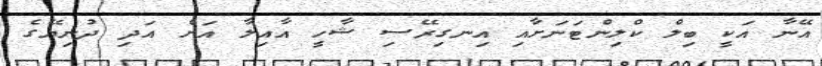
އޭނާ އަކީ ބިލް ކްލިންޓަނަށާއި އިނގިރޭސި ޝާހީ އާއިލާ އަށް އަދި ދުނިޔޭގެ